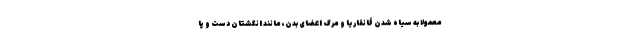
معمولا به سیاه شدن قانقاریا و مرگ اعضای بدن، مانند انگشتان دست و پا